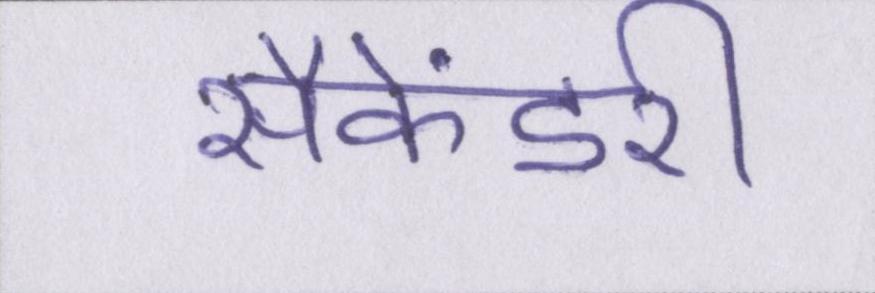
सैकेंडरी